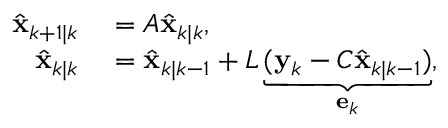
\begin{array} { r l } { \hat { \mathbf { x } } _ { k + 1 | k } } & { { } = A \hat { \mathbf { x } } _ { k | k } , } \\ { \hat { \mathbf { x } } _ { k | k } } & { { } = \hat { \mathbf { x } } _ { k | k - 1 } + L \underbrace { ( \mathbf { y } _ { k } - C \hat { \mathbf { x } } _ { k | k - 1 } ) } _ { \mathbf { e } _ { k } } , } \end{array}